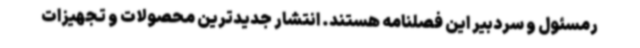
رمسئول و سردبیر این فصلنامه هستند. انتشار جدیدترین محصولات و تجهیزات